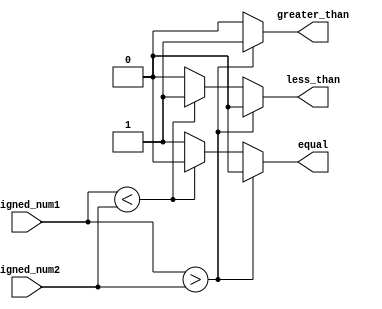
module signed_comparator (
    input signed [31:0] signed_num1,
    input signed [31:0] signed_num2,
    output reg greater_than,
    output reg less_than,
    output reg equal
);

always @* begin
    if (signed_num1 > signed_num2) begin
        greater_than = 1;
        less_than = 0;
        equal = 0;
    end else if (signed_num1 < signed_num2) begin
        greater_than = 0;
        less_than = 1;
        equal = 0;
    end else begin
        greater_than = 0;
        less_than = 0;
        equal = 1;
    end
end

endmodule